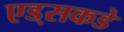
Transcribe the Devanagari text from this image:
एड्‌सकडे